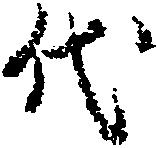
代